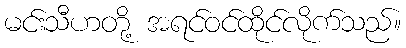
မင်းသီဟတို့ အရင်ဝင်ထိုင်လိုက်သည်။